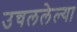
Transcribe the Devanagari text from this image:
उचललेल्या